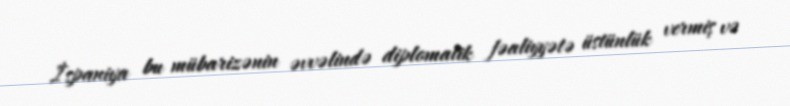
İspaniya bu mübarizənin əvvəlində diplomatik fəaliyyətə üstünlük vermiş və